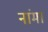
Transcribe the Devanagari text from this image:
नांमा